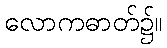
လောကဓာတ်၌။